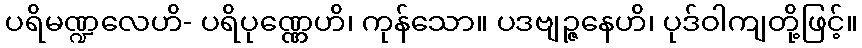
ပရိမဏ္ဍလေဟိ- ပရိပုဏ္ဏေဟိ၊ ကုန်သော။ ပဒဗျဉ္ဇနေဟိ၊ ပုဒ်ဝါကျတို့ဖြင့်။